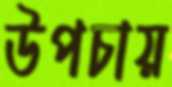
উপচায়